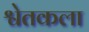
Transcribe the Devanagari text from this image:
श्वेतकला